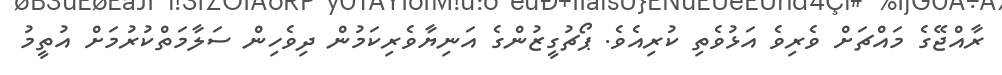
ރާއްޖޭގެ މައްޗަށް ވެރިވެ އަޅުވެތި ކުރިއެވެ. ޕޯޗުގީޒުންގެ އަނިޔާވެރިކަމުން ދިވެހިން ސަލާމަތްކުރުމަށް އުތީމު